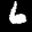
Label: 6